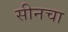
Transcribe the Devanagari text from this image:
सीनचा